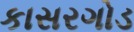
કાસરગોડ